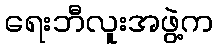
ရေးဘီလူးအဖွဲ့က